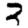
Digit: 3